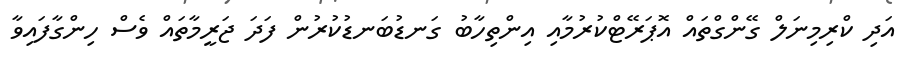
އަދި ކްރިމިނަލް ގޭންގްތައް އޮޕަރޭޓްކުރުމާއި އިންތިހާބު ގަނޑުބަނޑުކުރުން ފަދަ ޖަރީމާތައް ވެސް ހިންގާފައިވާ